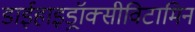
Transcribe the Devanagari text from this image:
डाईहाइड्रॉक्सीविटामिन